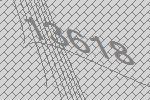
13618